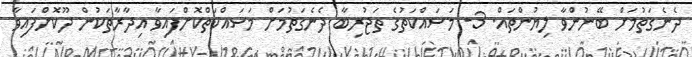
ދެނެގަތުމަށް ބޭނުންވާ ލިޔުންތައް. 3- މަސައްކަތުގެ ތަޖުރިބާ ދެނެގަތުމަށް މަސައްކަތްކޮށްފައިވާ އިދާރާތަކުން ދޫކޮށްފައިވާ